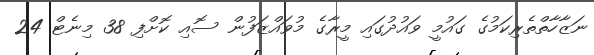
ނަޒާހާތްތެރިކަމުގެ ގައުމީ ވައުދުގައި މީރާގެ މުވައްޒަފުން ސޮއި ކޮށްފި 38 މިނެޓް 24